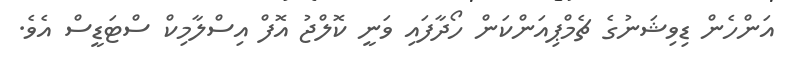
އަންހެން ޑިވިޝަނުގެ ޗެމްޕިއަންކަން ހޯދާފައި ވަނީ ކޮލްޖު އޮފް އިސްލާމިކް ސްޓަޑީސް އެވެ.